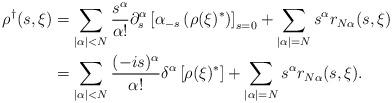
LaTeX: \begin{align*}\rho^\dagger(s,\xi) &= \sum_{|\alpha|<N}\frac{s^\alpha}{\alpha !}\partial_s^\alpha\left[\alpha_{-s}\left(\rho(\xi)^*\right)\right]_{s=0}+\sum_{|\alpha|=N}s^\alpha r_{N\alpha}(s,\xi) \\&= \sum_{|\alpha|<N}\frac{(-is)^\alpha}{\alpha !}\delta^\alpha \left[\rho(\xi)^*\right]+\sum_{|\alpha|=N}s^\alpha r_{N\alpha}(s,\xi) .\end{align*}